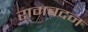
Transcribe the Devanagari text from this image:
रामबदन